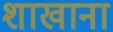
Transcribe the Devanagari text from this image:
शाखाना